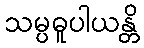
သမ္ပဓူပါယန္တိ